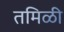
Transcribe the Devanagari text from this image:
तमिळी